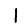
Digit: 1